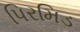
પિરમિડ